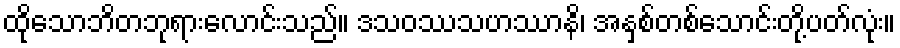
ထိုသောဘိတဘုရားလောင်းသည်။ ဒသဝဿသဟဿာနိ၊ အနှစ်တစ်သောင်းတို့ပတ်လုံး။